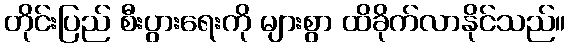
တိုင်းပြည် စီးပွားရေးကို များစွာ ထိခိုက်လာနိုင်သည်။